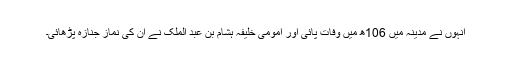
انہوں نے مدینہ میں 106ھ میں وفات پائی اور امومی خلیفہ ہشام بن عبد الملک نے ان کی نماز جنازہ پڑھائی۔